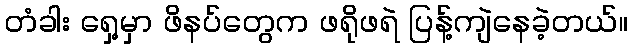
တံခါး ရှေ့မှာ ဖိနပ်တွေက ဖရိုဖရဲ ပြန့်ကျဲနေခဲ့တယ်။